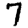
Digit: 7